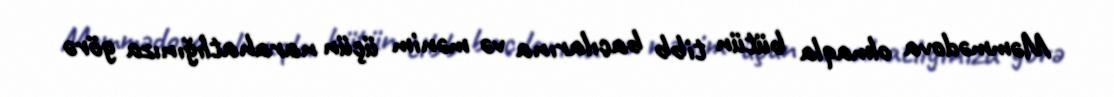
Məmmədova olmaqla bütün tibb bacılarına və mənim üçün narahatlığınıza görə